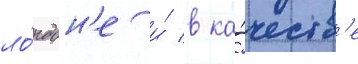
ло́ндон'е и́ в ка́честв'е